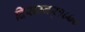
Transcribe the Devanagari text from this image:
दिसम्बर्१८७८